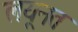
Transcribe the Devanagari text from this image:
लयूनत